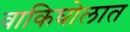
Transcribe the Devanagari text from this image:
वाकिघोलात